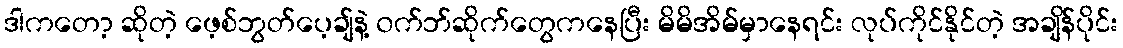
ဒါကတော့ ဆိုတဲ့ ဖေ့စ်ဘွတ်ပေ့ချ်နဲ့ ၀က်ဘ်ဆိုက်တွေကနေပြီး မိမိအိမ်မှာနေရင်း လုပ်ကိုင်နိုင်တဲ့ အချိန်ပိုင်း